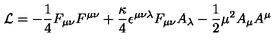
{ \cal L } = - { \frac { 1 } { 4 } } F _ { \mu \nu } F ^ { \mu \nu } + { \frac { \kappa } { 4 } } \epsilon ^ { \mu \nu \lambda } F _ { \mu \nu } A _ { \lambda } - { \frac { 1 } { 2 } } \mu ^ { 2 } A _ { \mu } A ^ { \mu }